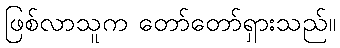
ဖြစ်လာသူက တော်တော်ရှားသည်။